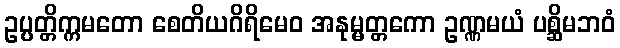
ဥပ္ပတ္တိက္ကမတော စေတိယဂိရိမေဝ အနုမ္မတ္တကော ဥဏ္ဏမယံ ပစ္ဆိမဘဝံ